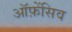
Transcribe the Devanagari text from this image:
ऑफ़ेंसिव